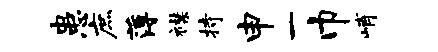
患庶薄襟持申一巾峭